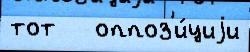
тот   оппоз'и́циjи